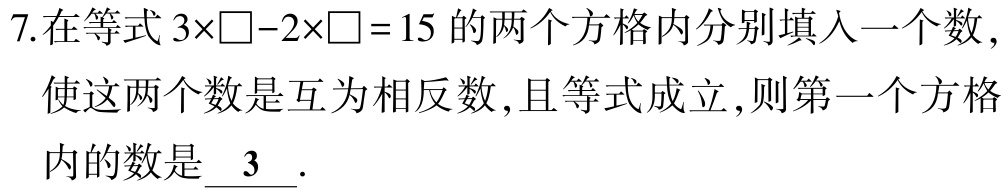
7.在等式\(3\times\square - 2\times\square = 15\)的两个方格内分别填入一个数，使这两个数是互为相反数，且等式成立，则第一个方格内的数是\(\underline{3}\).